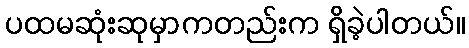
ပထမဆုံးဆုမှာကတည်းက ရှိခဲ့ပါတယ်။